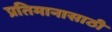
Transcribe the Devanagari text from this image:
प्रतिमानासाठी